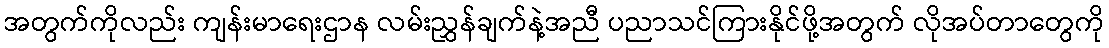
အတွက်ကိုလည်း ကျန်းမာရေးဌာန လမ်းညွှန်ချက်နဲ့အညီ ပညာသင်ကြားနိုင်ဖို့အတွက် လိုအပ်တာတွေကို